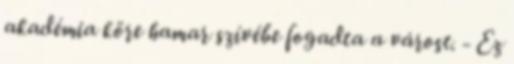
akadémia köre hamar szívébe fogadta a várost. - Ez